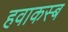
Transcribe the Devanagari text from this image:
हवाकस्‍ब